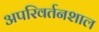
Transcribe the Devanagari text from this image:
अपरिवर्तनशाल